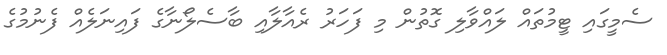
ސެމީގައި ޓީމުތައް ލައްވާލި ގޮތުން މި ފަހަރު ރެއާލާއި ބާސެލޯނާގެ ފައިނަލެއް ފެނުމުގެ